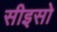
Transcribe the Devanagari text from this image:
सीइसो